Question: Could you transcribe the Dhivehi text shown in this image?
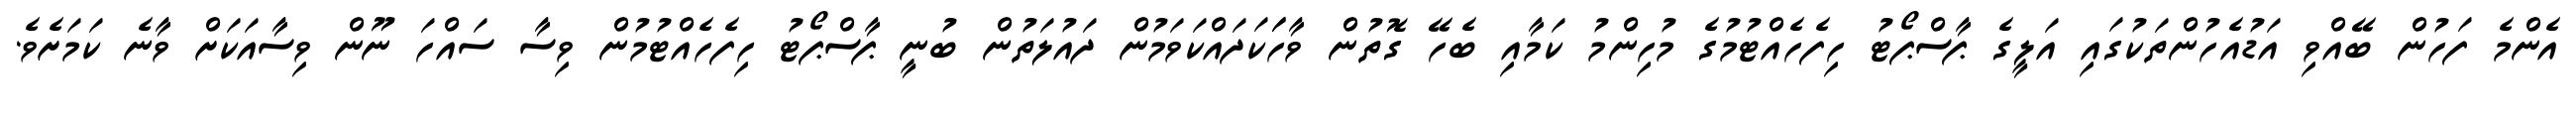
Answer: އެންމެ ފަހުން ބޭއްވި އަޑުއެހުންތަކުގައި އަލީގެ ޕާސްޕޯޓު ހިފެހެއްޓުމުގެ މުހިންމު ކަމާއި ބެހޭ ގޮތުން ވާހަަކަދައްކަވަމުން ދައުލަތުން ބުނީ ޕާސްޕޯޓު ހިފެހެއްޓުމުން ވިސާ ސައްހަ ނޫން ވިސާއަކަށް ވާނެ ކަމަށެވެ.